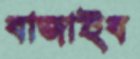
বাজাইব